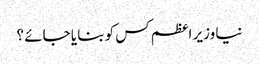
نیا وزیر اعظم کس کو بنا یا جائے ؟